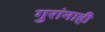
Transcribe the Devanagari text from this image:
गुरांनाही